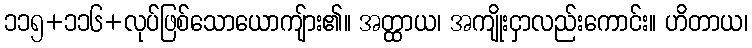
၁၁၅+၁၁၆+လုပ်ဖြစ်သောယောကျ်ား၏။ အတ္ထာယ၊ အကျိုးငှာလည်းကောင်း။ ဟိတာယ၊